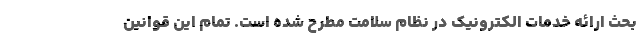
بحث ارائه خدمات الکترونیک در نظام سلامت مطرح شده است. تمام این قوانین